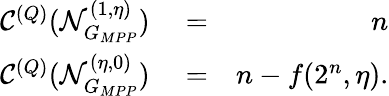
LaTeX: \begin{array}{rlr}{\mathcal{C}^{(Q)}(\mathcal{N}_{G_{MPP}}^{(1,\eta)})}&{{}=}&{n}\\ {\mathcal{C}^{(Q)}(\mathcal{N}_{G_{MPP}}^{(\eta,0)})}&{{}=}&{n-f(2^{n},\eta).}\end{array}